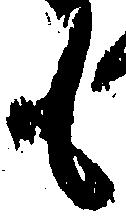
も